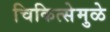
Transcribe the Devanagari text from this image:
चिकित्सेमुळे